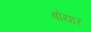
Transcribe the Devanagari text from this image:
बोयार